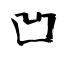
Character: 凹